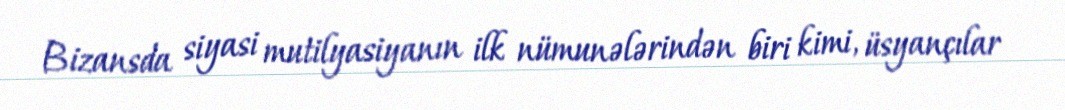
Bizansda siyasi mutilyasiyanın ilk nümunələrindən biri kimi, üsyançılar